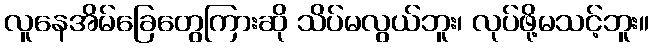
လူနေအိမ်ခြေတွေကြားဆို သိပ်မလွယ်ဘူး၊ လုပ်ဖို့မသင့်ဘူး။